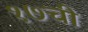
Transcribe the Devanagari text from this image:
१७ची